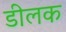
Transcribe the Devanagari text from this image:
डीलक